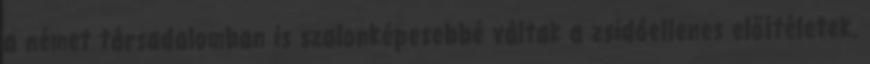
a német társadalomban is szalonképesebbé váltak a zsidóellenes előítéletek.